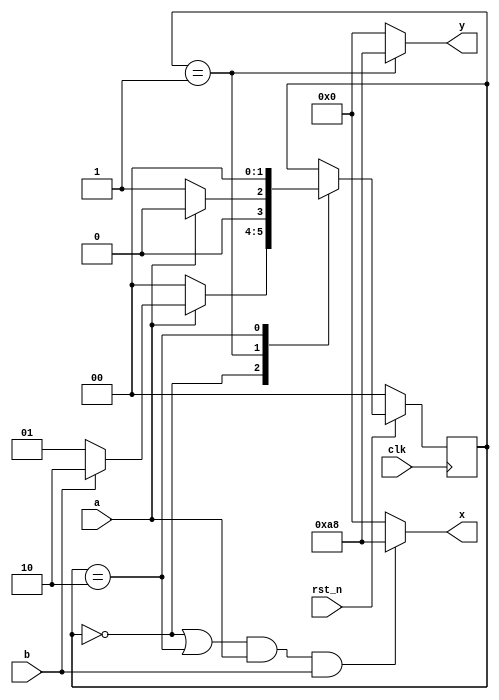
module fsm_eg_4seg
    (
        input wire        clk,
        input wire        rst_n,
        input wire        a,
        input wire        b,
        output wire [7:0] x,
        output wire [7:0] y
    );
    
    // Symbolic state declaration
    localparam [1:0] S0 = 2'b00,
                     S1 = 2'b01,
                     S2 = 2'b10;
    
    // Signal declaration
    reg [1:0] state_reg, state_next;

    // State register
    always @(posedge clk)
    begin
        if (!rst_n)
            state_reg <= S0;
        else
            state_reg <= state_next;
    end
    
    // Next state logic
    always @(*)
    begin
        state_next = state_reg;
        case (state_reg)
            S0:
            begin
                if (a == 1'b1)
                    if (b == 1'b1)
                        state_next = S2;
                    else
                        state_next = S1;
                else
                    state_next = S0;
            end
            S1:
            begin
                if (a == 1'b1)
                    state_next = S0;
                else
                    state_next = S1;
            end
            S2:
            begin
                state_next = S0;
            end
        endcase
    end

    // Mealy output logic
    assign x = ( ((state_reg == S0) || (state_reg == S2)) && a && b ) ? 8'd168 : 8'd0;
    
    // Moore output logic
    assign y = (state_reg == S1) ? 8'd168 : 8'd0;
    
endmodule